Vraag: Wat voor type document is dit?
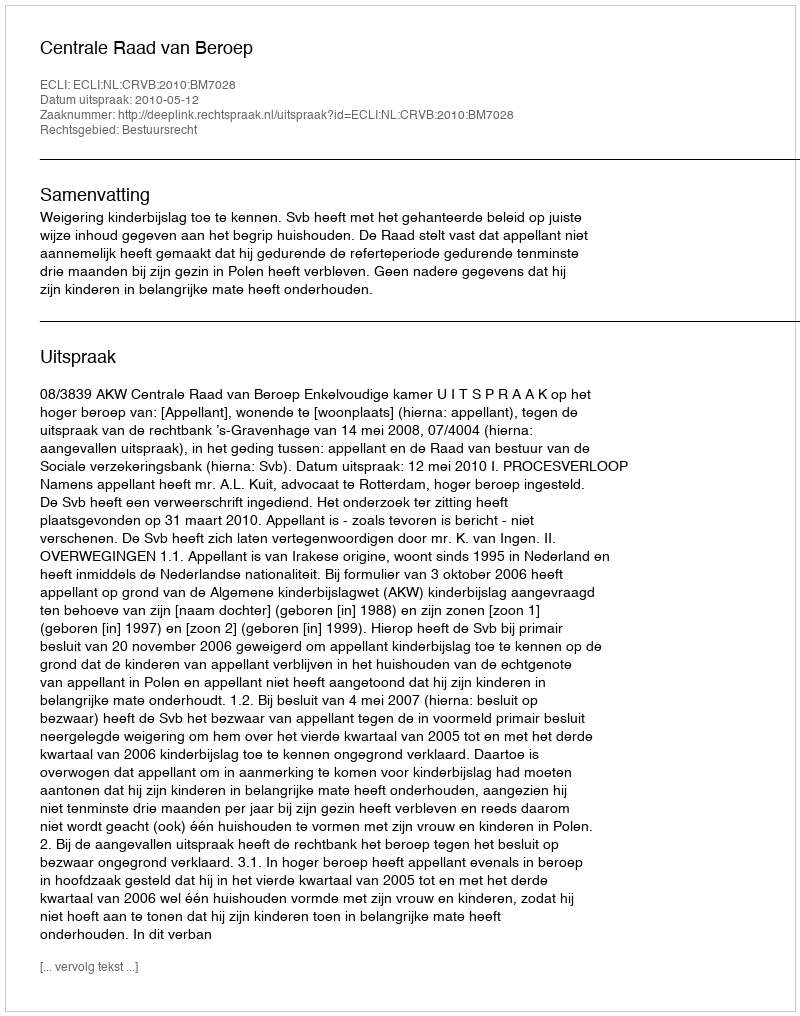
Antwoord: Uitspraak